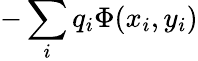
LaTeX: -\sum_{i}q_{i}\Phi(x_{i},y_{i})